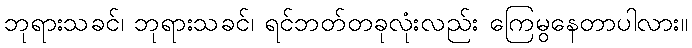
ဘုရားသခင်၊ ဘုရားသခင်၊ ရင်ဘတ်တခုလုံးလည်း ကြေမွနေတာပါလား။